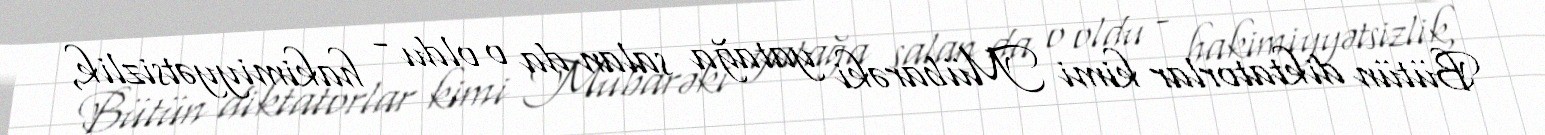
Bütün diktatorlar kimi Mübarəki yatağa salan da o oldu - hakimiyyətsizlik,